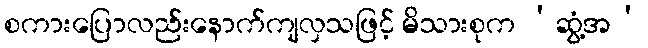
စကားပြောလည်းနောက်ကျလှသဖြင့် မိသားစုက ‘ဆွံ့အ’